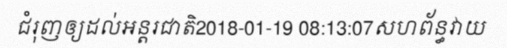
ជំរុញឲ្យដល់អន្តរជាតិ2018-01-19 08:13:07សហព័ន្ធវាយ